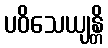
ပဝိသေယျန္တိ